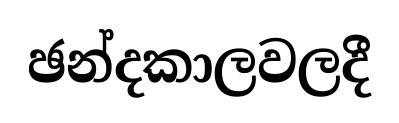
ඡන්දකාලවලදී